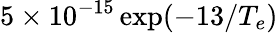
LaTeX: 5\times 10^{-15}\exp({-13/T_{e}})